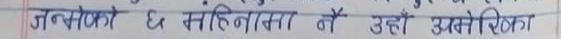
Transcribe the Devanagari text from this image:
जन्मोको ६ महिनाका में उहाँ उत्प्रेष्ठ